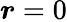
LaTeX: \boldsymbol r=0